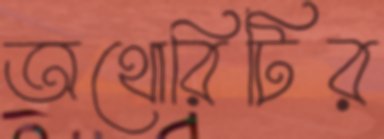
অথোরিটির